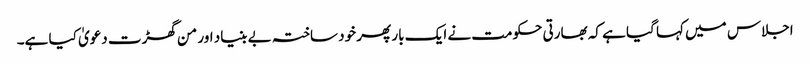
اجلاس میں کہا گیا ہے کہ بھارتی حکومت نے ایک بار پھر خود ساختہ بے بنیاد اور من گھڑت دعویٰ کیا ہے۔